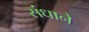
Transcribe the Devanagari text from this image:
संधाने